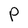
Character: P